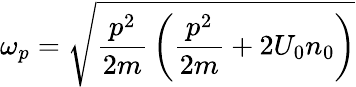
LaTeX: {\omega_{p}}={\sqrt{{\frac{p^{2}}{2m}}\left({{\frac{p^{2}}{2m}}+2{U_{0}}{n_{0}}}\right)}}